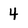
Character: 4